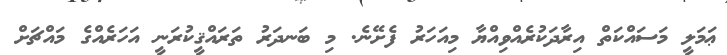
ޢަމަލީ މަސައްކަތް އިރާދަކުރެއްވިއްޔާ މިއަހަރު ފެށޭނެ. މި ބަނދަރު ތަރައްޤީކުރަނީ އަހަރެއްގެ މައްޗަށް